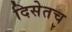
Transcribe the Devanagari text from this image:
दिसेतच